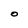
Character: O